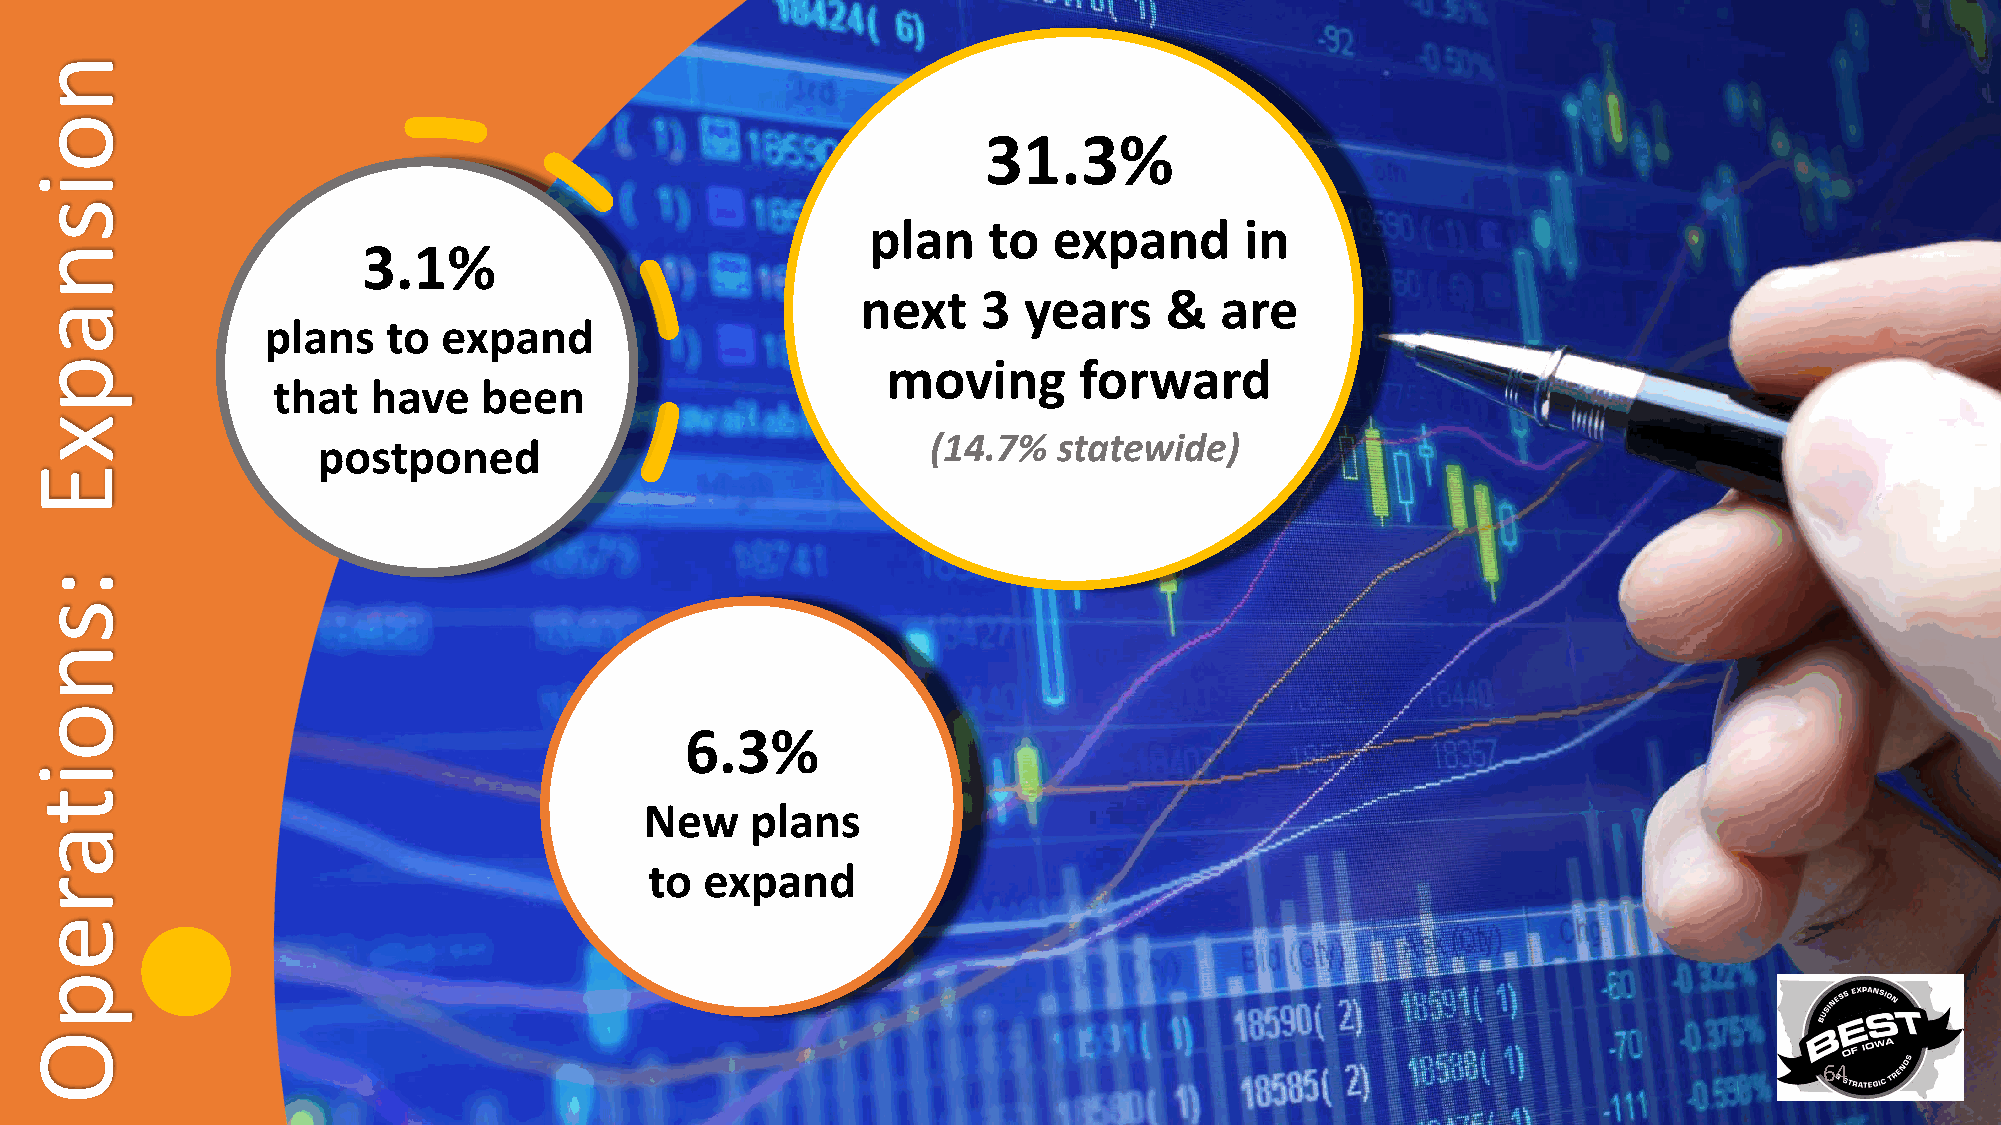
31.3%
 plan   to   expand      in
 3.1%
 next    3  years    &   are
 plans   to expand
 moving      forward
 that   have   been
 (14.7%  statewide)
 postponed
 6.3%
 New    plans
 to  expand
 64
 noisnapxE
 :snoitarepO